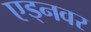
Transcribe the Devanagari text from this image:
एड्नवर